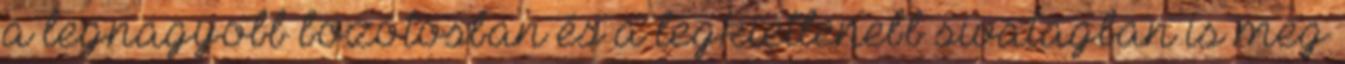
a legnagyobb bozótosban és a legkietlenebb sivatagban is meg